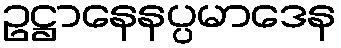
ဥဋ္ဌာနေနပ္ပမာဒေန